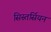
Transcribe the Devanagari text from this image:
सिस्तर्सियन